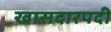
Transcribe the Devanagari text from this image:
खासदारपदी